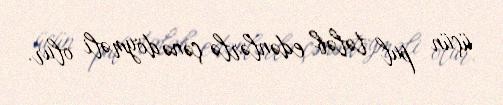
üçün pul tələb edənlərlə çənə döyməli olur.